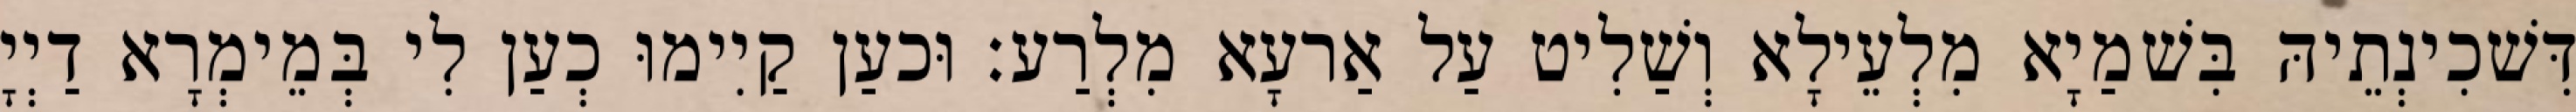
דִּשׁכִינְתֵיהּ בִּשׁמַיָא מִלְעֵילָא וְשַׁלִיט עַל אַרעָא מִלְרַע׃ וּכעַן קַיִימוּ כְעַן לִי בְּמֵימְרָא דַיְיָ